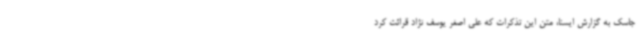
جاسک به گزارش ایسنا، متن این تذکرات که علی اصغر یوسف نژاد قرائت کرد